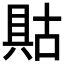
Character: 𱏶